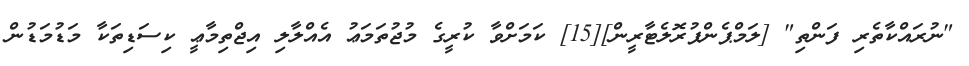
"ނުރައްކާތެރި ފަންތި" [ލަމްޕެންޕުރޮލެޓާރީން][15] ކަމަށްވާ ކުރީގެ މުޖުތަމަޢު އެއްލާލި އިޖްތިމާޢީ ކިސަޑިތަކާ މަޑުމަޑުން